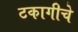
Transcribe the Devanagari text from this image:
टकागीचे